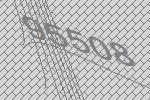
95508